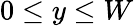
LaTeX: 0\leq y\leq W